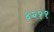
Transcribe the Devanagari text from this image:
४२११